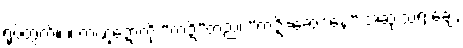
ရုပ်တွက်။ ။ ကဏ္ဍောကို “ကဍိ”တည်၊ “ကဍိ=ဆေဒနေ” အဆုံးသရ ချေ,